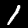
Label: 1